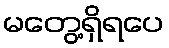
မတွေ့ရှိရပေ